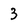
Character: 3